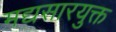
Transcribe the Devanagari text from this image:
मद्यसारयुक्त